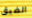
الضيق